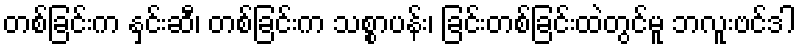
တစ်ခြင်းက နှင်းဆီ၊ တစ်ခြင်းက သစ္စာပန်း၊ ခြင်းတစ်ခြင်းထဲတွင်မူ ဘလူးဗင်ဒါ